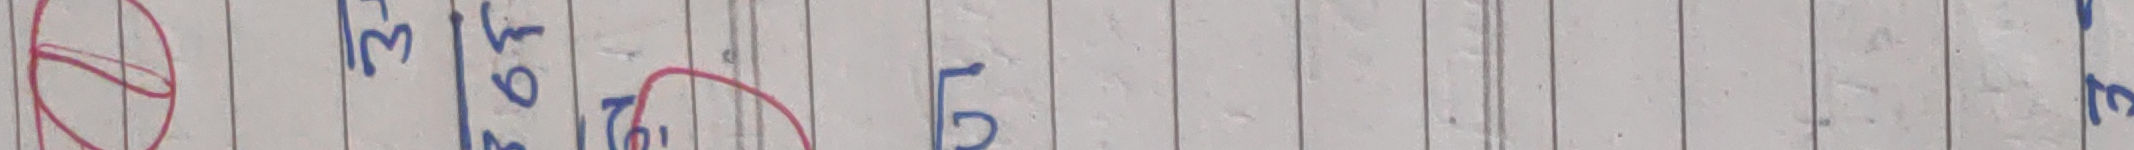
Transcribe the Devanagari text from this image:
३ ४० १९ ८ ५